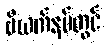
ဗီယက်နမ်တွင်